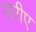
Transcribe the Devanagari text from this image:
सरीए